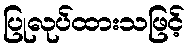
ပြုလုပ်ထားသဖြင့်